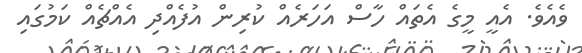
ވެއެވެ. އެއީ މީގެ އެތައް ހާސް އަހަރެއް ކުރިން އުފެއްދި އެއްޗެއް ކަމުގައި